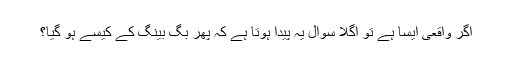
اگر واقعی ایسا ہے تو اگلا سوال یہ پیدا ہوتا ہے کہ پھر بگ بینگ کے کیسے ہو گیا؟